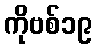
ကိုဗစ်၁၉